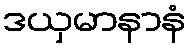
ဒယှမာနာနံ